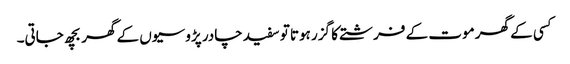
کسی کے گھر موت کے فرشتے کا گزر ہوتا تو سفید چادر پڑوسیوں کے گھر بچھ جاتی۔